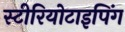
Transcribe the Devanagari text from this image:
स्टीरियोटाइपिंग